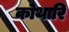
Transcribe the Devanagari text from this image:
कोथारि